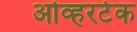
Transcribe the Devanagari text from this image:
ओव्हरटेक